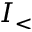
I _ { < }